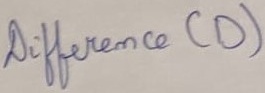
Text: Difference (D)